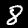
Digit: 8